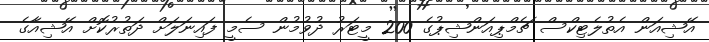
އޭޝިއަން އެތުލެޓިކްސް ޗެމްޕިއަންޝިޕުގެ 200 މީޓަރު ދުވުމުން ސެމީ ފައިނަލަށް ދަތުރުކޮށް އޭޝިއާގެ